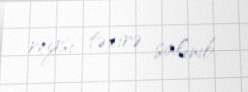
reysi təxirə salınıb.